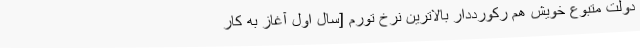
دولت متبوع خویش هم رکورددار بالاترین نرخ تورم [سال اول آغاز به کار